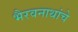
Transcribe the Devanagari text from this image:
भैरवनाथांचे